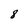
Character: 8